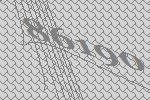
86190